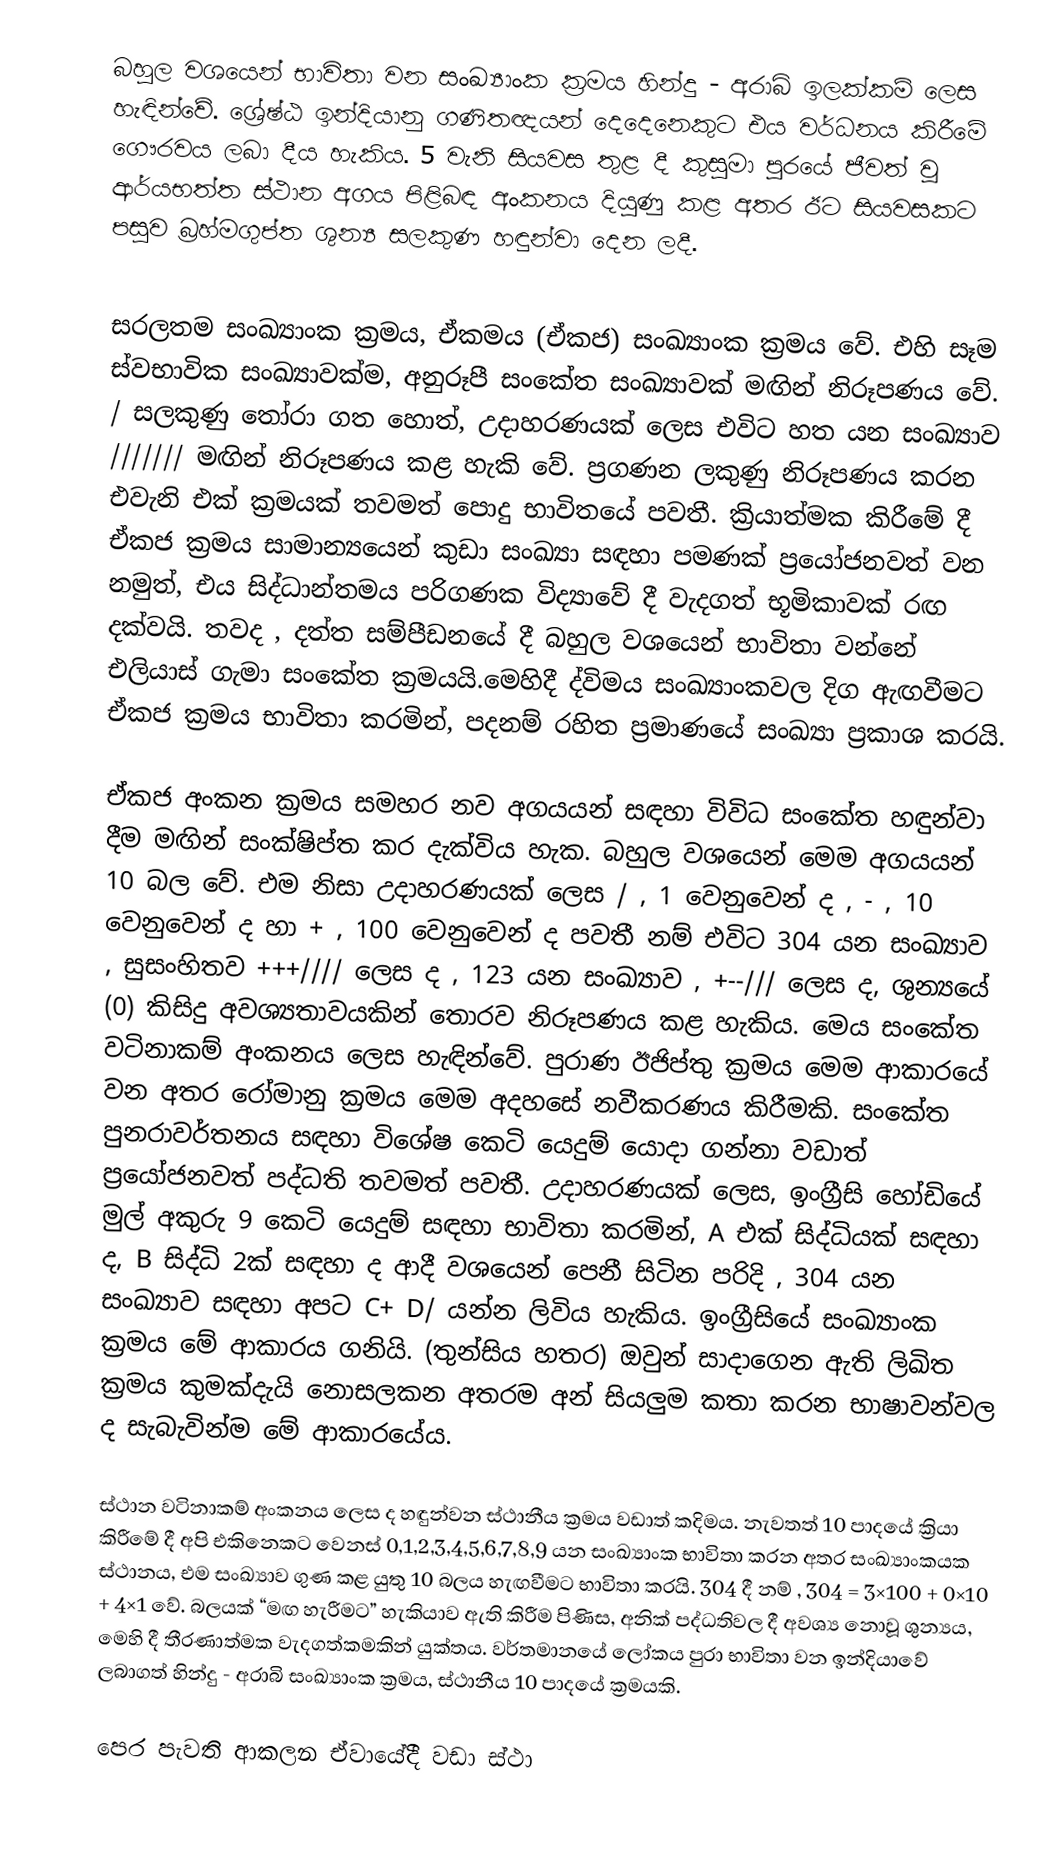
බහුල වශයෙන් භාවිතා වන සංඛ්‍යාංක ක්‍රමය හින්දු - අරාබි  ඉලක්කම් ලෙස හැඳින්වේ. ශ්‍රේෂ්ඨ ඉන්දියානු ගණිතඥයන් දෙදෙනෙකුට එය වර්ධනය කිරීමේ ගෞරවය ලබා දීය හැකිය.  5 වැනි සියවස තුළ දී කුසුමා පුරයේ ජීවත් වූ ආර්යභත්ත ස්ථාන අගය පිළිබඳ අංකනය දියුණු කළ අතර ඊට සියවසකට පසුව බ්‍රහ්මගුප්ත ශුන්‍ය සලකුණ හඳුන්වා දෙන ලදී.

සරලතම සංඛ්‍යාංක ක්‍රමය, ඒකමය (ඒකජ) සංඛ්‍යාංක ක්‍රමය වේ. එහි සෑම ස්වභාවික සංඛ්‍යාවක්ම, අනුරූපී සංකේත සංඛ්‍යාවක් මඟින් නිරූපණය වේ. / සලකුණු තෝරා ‍ගත හොත්, උදාහරණයක් ලෙස එවිට හත යන සංඛ්‍යාව /////// මඟින් නිරූපණය කළ හැකි වේ. ප්‍රගණන ලකුණු නිරූපණය කරන එවැනි එක් ක්‍රමයක් තවමත් පොදු භාවිතයේ පවතී. ක්‍රියාත්මක කිරීමේ දී ඒකජ ක්‍රමය සාමාන්‍යයෙන් කුඩා සංඛ්‍යා සඳහා පමණක් ප්‍රයෝජනවත් වන නමුත්, එය සිද්ධාන්තමය පරිගණක විද්‍යාවේ දී වැදගත් භූමිකාවක් රඟ දක්වයි. තවද , දත්ත සම්පීඩනයේ දී බහුල වශයෙන් භාවිතා වන්නේ එලියාස් ගැමා සංකේත ක්‍රමයයි.මෙහිදී ද්විමය සංඛ්‍යාංකවල දිග ඇඟවීමට ඒකජ ක්‍රමය භාවිතා කරමින්, පදනම් රහිත ප්‍රමාණයේ සංඛ්‍යා ප්‍රකාශ කරයි.

ඒකජ අංකන ක්‍රමය සමහර නව අගයයන් සඳහා විවිධ සංකේත හඳුන්වා දීම මඟින් සංක්ෂිප්ත කර දැක්විය හැක. බහුල වශයෙන් මෙම අගයයන් 10 බල වේ. එම නිසා උදාහරණයක් ලෙස / , 1 වෙනුවෙන් ද , - , 10 වෙනුවෙන් ද හා + , 100 වෙනුවෙන් ද පවතී නම් එවිට 304 යන සංඛ්‍යාව , සුසංහිතව +++//// ලෙස ද , 123 යන සංඛ්‍යාව , +--/// ලෙස ද, ශුන්‍යයේ (0) කිසිදු අවශ්‍යතාවයකින් තොරව නිරූපණය කළ හැකිය. මෙය සංකේත වටිනාකම් අංකනය ලෙස හැඳින්වේ. පුරාණ ඊජිප්තු ක්‍රමය මෙම ආකාරයේ වන අතර රෝමානු ක්‍රමය මෙම අදහසේ නවීකරණය කිරීමකි. සංකේත පුනරාවර්තනය සඳහා විශේෂ කෙටි යෙදුම් යොදා ගන්නා වඩාත් ප්‍රයෝජනවත් පද්ධති තවමත් පවතී. උදාහරණයක් ලෙස, ඉංග්‍රීසි හෝඩියේ මුල් අකුරු 9 කෙටි යෙදුම් සඳහා භාවිතා කරමින්, A එක් සිද්ධියක් සඳහා ද, B සිද්ධි 2ක් සඳහා ද ආදී වශයෙන් පෙනී සිටින පරිදි , 304 යන සංඛ්‍යාව සඳහා අපට C+ D/  යන්න ලිවිය හැකිය. ඉංග්‍රීසියේ සංඛ්‍යාංක ක්‍රමය මේ ආකාරය ගනියි. (තුන්සිය හතර) ඔවුන් සාදාගෙන ඇති ලිඛිත ක්‍රමය කුමක්දැයි නොසලකන අතරම අන් සියලුම කතා කරන භාෂාවන්වල ද සැබැවින්ම මේ ආකාරයේය.

ස්ථාන වටිනාකම් අංකනය ලෙස ද හඳුන්වන ස්ථානීය ක්‍රමය වඩාත් කදිමය. නැවතත් 10 පාදයේ ක්‍රියා කිරීමේ දී අපි එකිනෙකට වෙනස් 0,1,2,3,4,5,6,7,8,9 යන සංඛ්‍යාංක භාවිතා කරන අතර සංඛ්‍යාංකයක ස්ථානය, එම සංඛ්‍යාව ගුණ කළ යුතු 10 බලය හැඟවීමට භාවිතා කරයි. 304 දී නම් , 304 = 3×100 + 0×10 + 4×1 වේ. බලයක් “මඟ හැරීමට” හැකියාව ඇති කිරීම පිණිස, අනික් පද්ධතිවල දී අවශ්‍ය නොවූ ශුන්‍යය, මෙහි දී තීරණාත්මක වැදගත්කමකින් යුක්තය. වර්තමානයේ ලෝකය පුරා භාවිතා වන ඉන්දියාවේ ලබාගත් හින්දු - අරාබි සංඛ්‍යාංක ක්‍රමය, ස්ථානීය 10 පාදයේ ක්‍රමයකි.

පෙර පැවති ආකලන ඒවායේදී වඩා ස්ථා